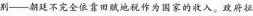
别——朝廷不完全依靠田赋地税作为国家的收入。政府征